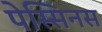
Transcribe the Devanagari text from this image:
पेस्सिनस